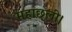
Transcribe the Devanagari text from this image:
महाछली।